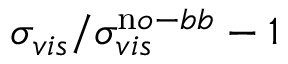
\sigma _ { v i s } / \sigma _ { v i s } ^ { \mathrm n o - b b } - 1